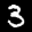
Label: 3